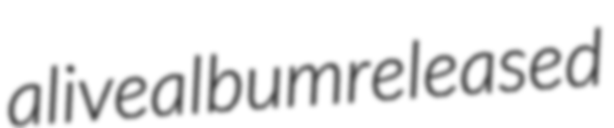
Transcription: a live album released